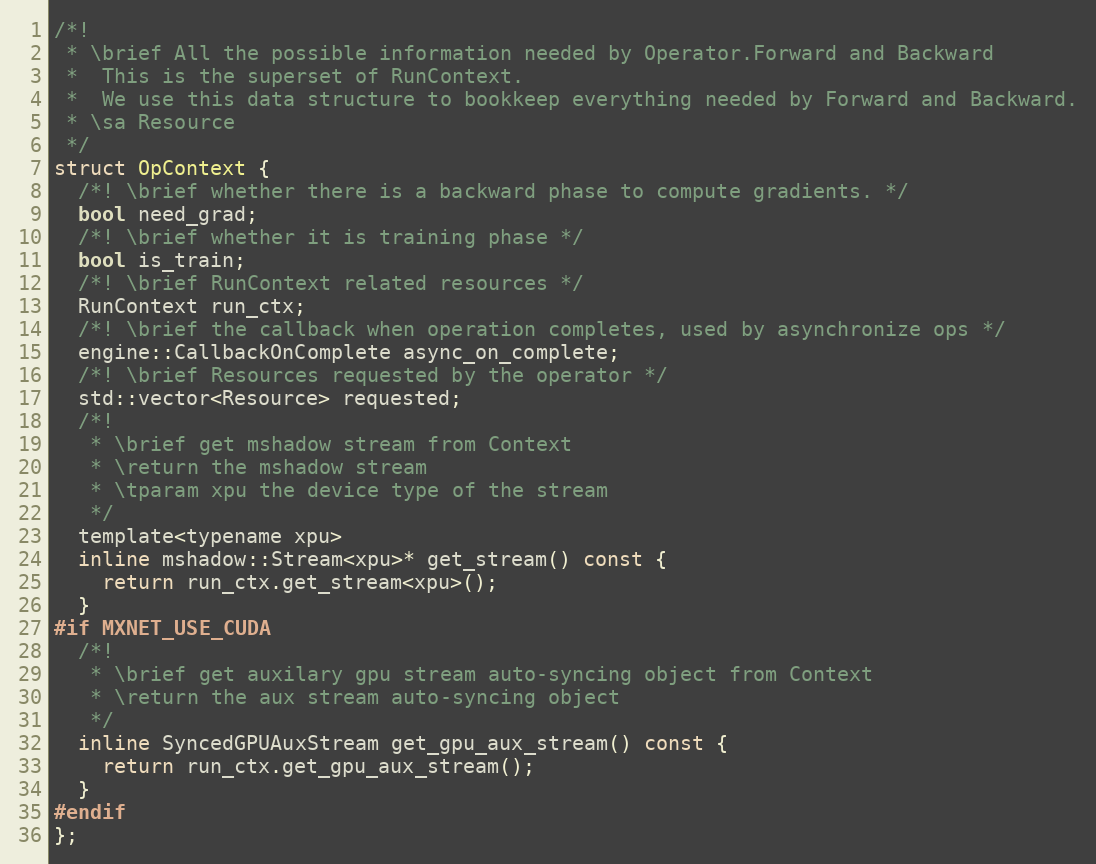
Language: C
/*!
 * \brief All the possible information needed by Operator.Forward and Backward
 *  This is the superset of RunContext.
 *  We use this data structure to bookkeep everything needed by Forward and Backward.
 * \sa Resource
 */
struct OpContext {
  /*! \brief whether there is a backward phase to compute gradients. */
  bool need_grad;
  /*! \brief whether it is training phase */
  bool is_train;
  /*! \brief RunContext related resources */
  RunContext run_ctx;
  /*! \brief the callback when operation completes, used by asynchronize ops */
  engine::CallbackOnComplete async_on_complete;
  /*! \brief Resources requested by the operator */
  std::vector<Resource> requested;
  /*!
   * \brief get mshadow stream from Context
   * \return the mshadow stream
   * \tparam xpu the device type of the stream
   */
  template<typename xpu>
  inline mshadow::Stream<xpu>* get_stream() const {
    return run_ctx.get_stream<xpu>();
  }
#if MXNET_USE_CUDA
  /*!
   * \brief get auxilary gpu stream auto-syncing object from Context
   * \return the aux stream auto-syncing object
   */
  inline SyncedGPUAuxStream get_gpu_aux_stream() const {
    return run_ctx.get_gpu_aux_stream();
  }
#endif
};